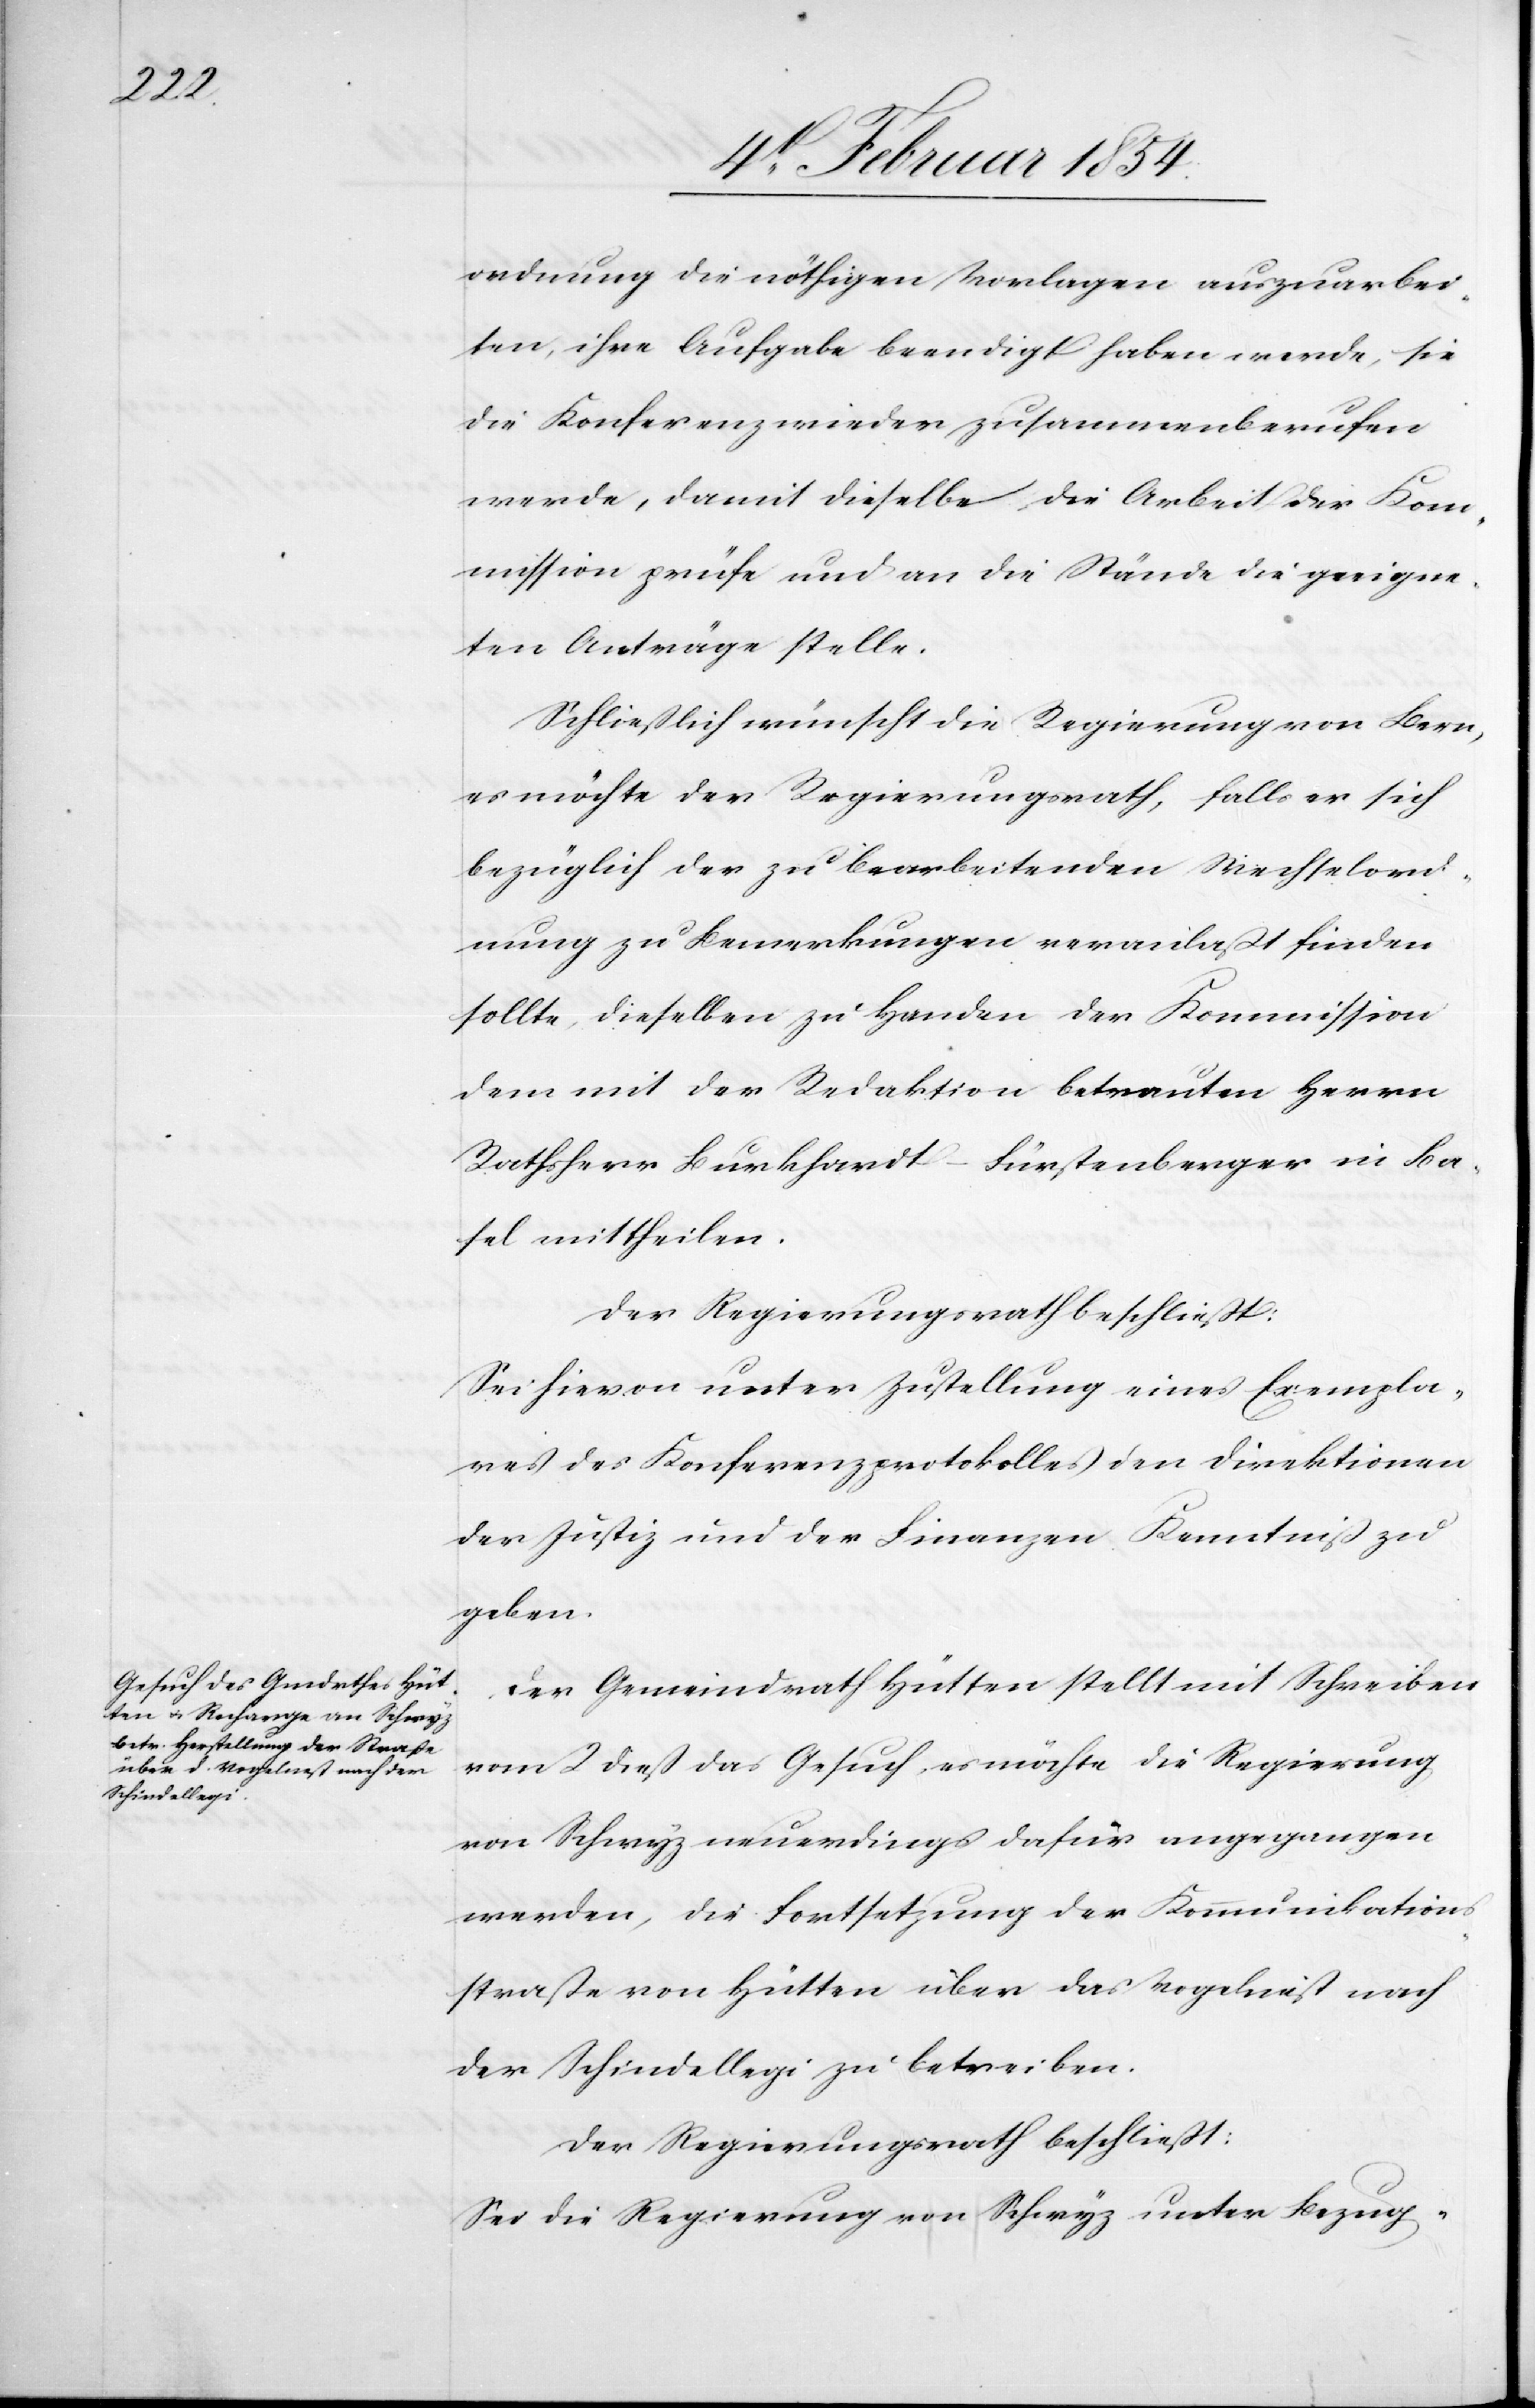
ordnung die nöthigen Vorlagen auszuarbei¬
ten, ihre Aufgabe beendigt haben werde, sie
die Konferenz wieder zusammenberufen
werde, damit dieselbe die Arbeit der Kom¬
mission prüfe und an die Stände die geeigne¬
ten Anträge stelle.
Schließlich wünscht die Regierung von Bern,
es möchte der Regierungsrath, falls er sich
bezüglich der zu bearbeitenden Wechselord¬
nung zu Bemerkungen veranlaßt finden
sollte, dieselben zu Handen der Kommission
dem mit der Redaktion betrauten Herrn
Rathsherr Burkhardt-Fürstenberger in Ba¬
sel mittheilen.
Der Regierungsrath beschließt:
Sei hievon unter Zustellung eines Exempla¬
res des Konferenzprotokolles den Direktionen
der Justiz und der Finanzen Kenntniß zu
geben.
Der Gemeindrath Hütten stellt mit Schreiben
vom 2 dieß das Gesuch, es möchte die Regierung
von Schwyz neuerdings dafür angegangen
werden, die Fortsetzung der Kommunikations¬
straße von Hütten über das Vogelnest nach
der Schindellegi zu betreiben.
Der Regierungsrath beschließt:
Sei die Regierung von Schwyz unter Bezug-